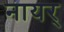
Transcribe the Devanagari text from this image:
नायर्